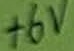
Text: +6V